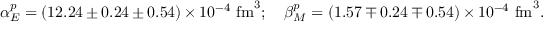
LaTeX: \alpha _ { E } ^ { p } = ( 1 2 . 2 4 \pm 0 . 2 4 \pm 0 . 5 4 ) \times 1 0 ^ { - 4 } \, \, \mathrm { f m } ^ { 3 } ; \quad \beta _ { M } ^ { p } = ( 1 . 5 7 \mp 0 . 2 4 \mp 0 . 5 4 ) \times 1 0 ^ { - 4 } \, \, \mathrm { f m } ^ { 3 } .